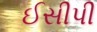
ઈસીપી